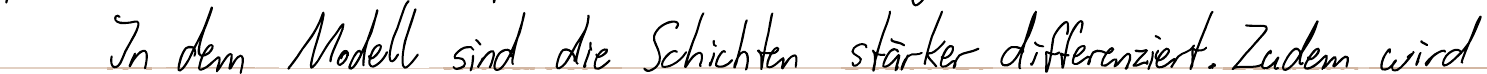
In dem Modell sind die Schichten stärker differenziert. Zudem wird